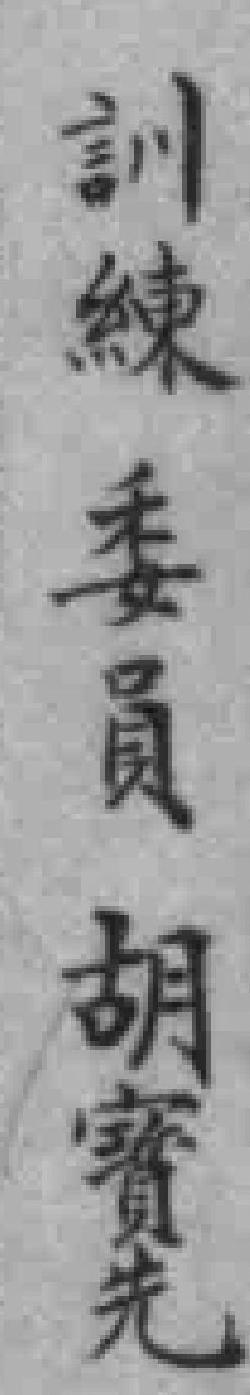
訓練委員  胡寶先